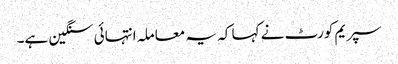
سپریم کورٹ نے کہا کہ یہ معاملہ انتہائی سنگین ہے۔